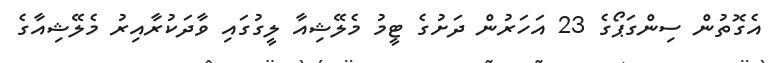
އެގޮތުން ސިންގަޕޯގެ 23 އަހަރުން ދަށުގެ ޓީމު މެލޭޝިއާ ލީގުގައި ވާދަކުރާއިރު މެލޭޝިއާގެ